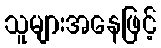
သူများအနေဖြင့်